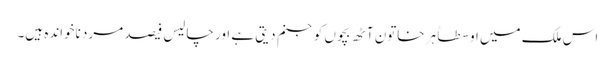
اس ملک میں اوسطاً ہر خاتون آٹھ بچوں کو جنم دیتی ہے اور چالیس فیصد مرد ناخواندہ ہیں۔